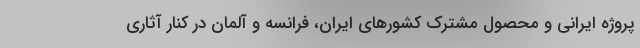
پروژه ایرانی و محصول مشترک کشورهای ایران، فرانسه و آلمان در کنار آثاری